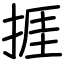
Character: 捱